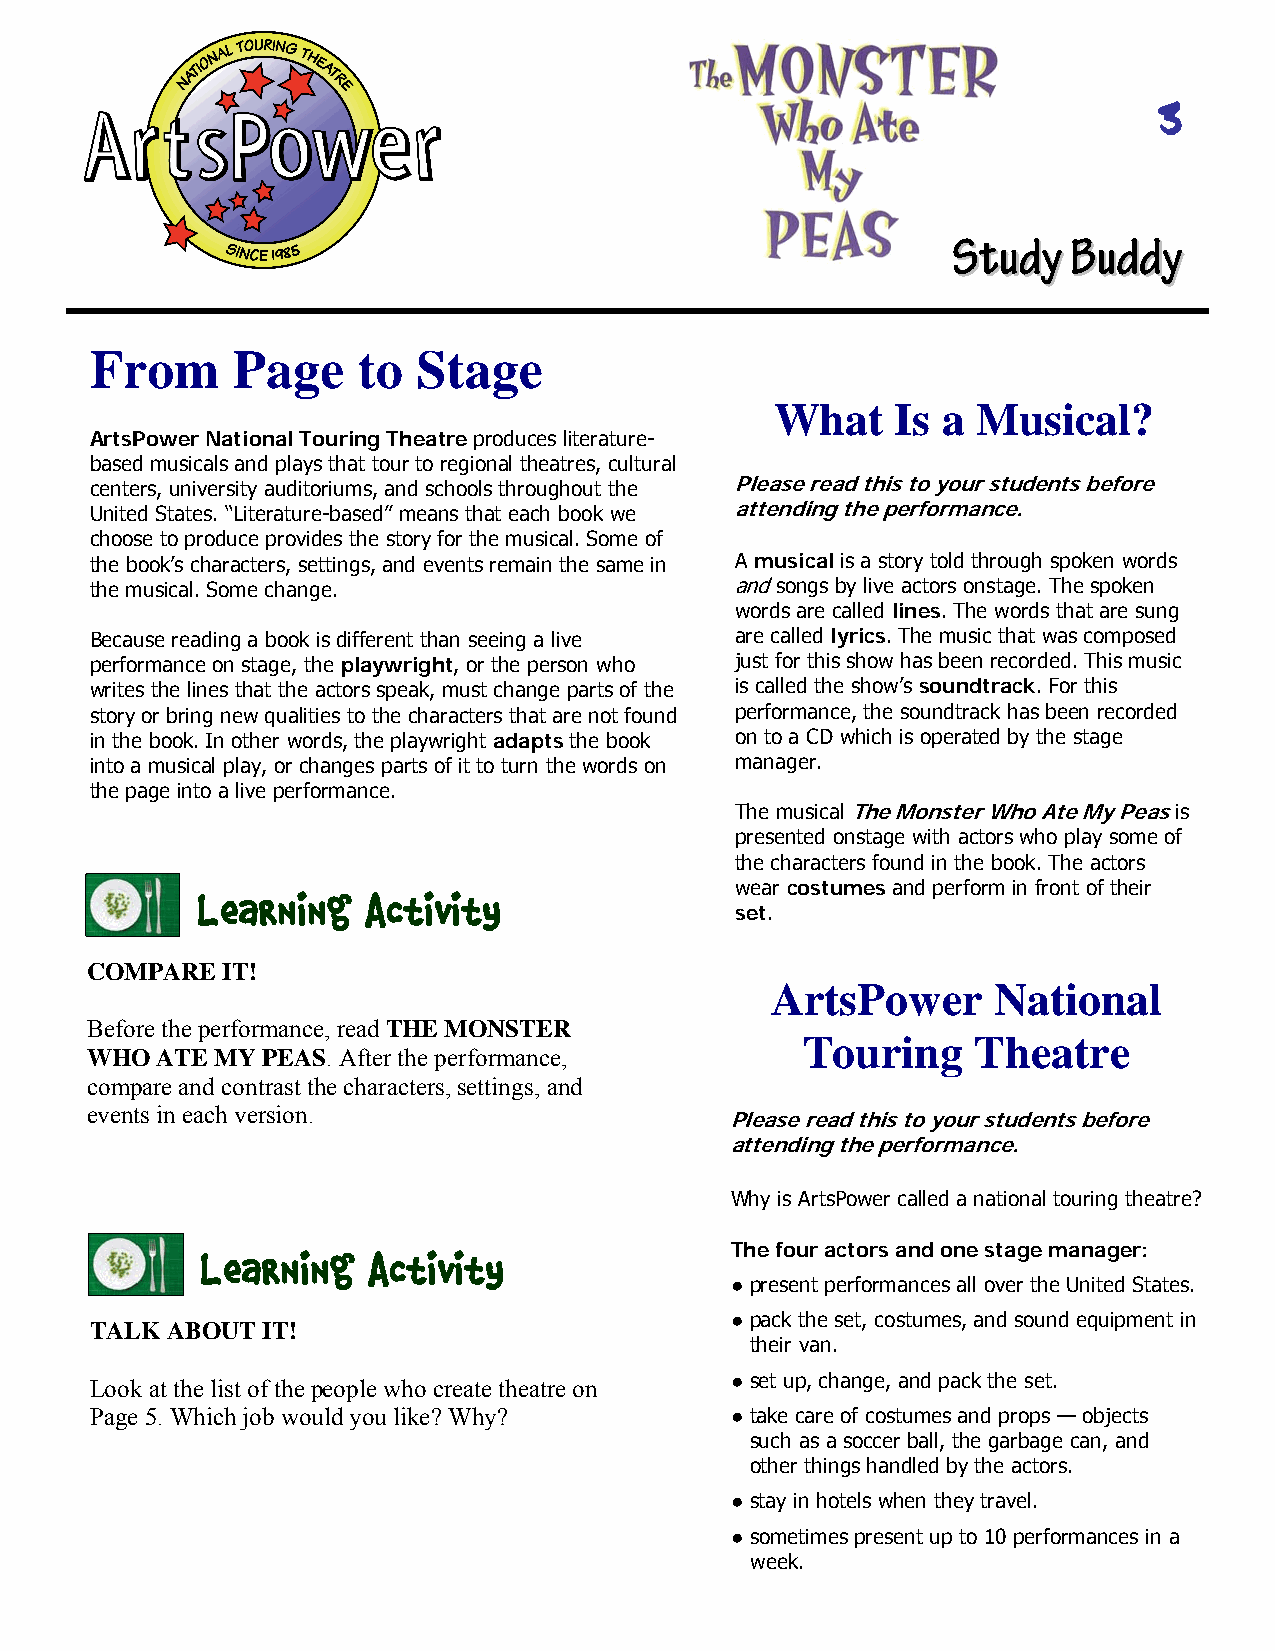
3
 SSttuuddyyBBuuddddyy
 From     Page     to  Stage
 What    Is a  Musical?
 ArtsPower National Touring Theatre produces literature-
 based musicals and plays that tour to regional theatres, cultural
 centers, university auditoriums, and schools throughout the Please read this to your students before
 United States. “Literature-based” means that each book we attending the performance.
 choose to produce provides the story for the musical. Some of
 the book’s characters, settings, and events remain the same in A musical is a story told through spoken words
 the musical. Some change.                  and songs by live actors onstage. The spoken
 words are called lines. The words that are sung
 Because reading a book is different than seeing a live are called lyrics. The music that was composed
 performance on stage, the playwright, or the person who just for this show has been recorded. This music
 writes the lines that the actors speak, must change parts of the is called the show’s soundtrack. For this
 story or bring new qualities to the characters that are not found performance, the soundtrack has been recorded
 in the book. In other words, the playwright adapts the book on to a CD which is operated by the stage
 into a musical play, or changes parts of it to turn the words on manager.
 the page into a live performance.
 The musical The Monster Who Ate My Peas is
 presented onstage with actors who play some of
 the characters found in the book. The actors
 wear costumes and perform in front of their
 Learning   Activity
 set.
 COMPARE  IT!
 ArtsPower      National
 Before the performance, read THE MONSTER
 Touring     Theatre
 WHO AT E MY PEAS. After the performance,
 compare a nd contrast the characters, settings, and
 events in e ach version.
 Please read this to your students before
 attending the performance.
 Why is ArtsPower called a national touring theatre?
 The four actors and one stage manager:
 Learning   Activity
 ● present performances all over the United States.
 ● pack the set, costumes, and sound equipment in
 TALK ABOUT IT!
 their van.
 Look at the list of the people who create theatre on ● set up, change, and pack the set.
 Page 5. Which job would you like? Why?    ● take care of costumes and props — objects
 such as a soccer ball, the garbage can, and
 other things handled by the actors.
 ● stay in hotels when they travel.
 ● sometimes present up to 10 performances in a
 week.